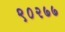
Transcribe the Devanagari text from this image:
९०२७७